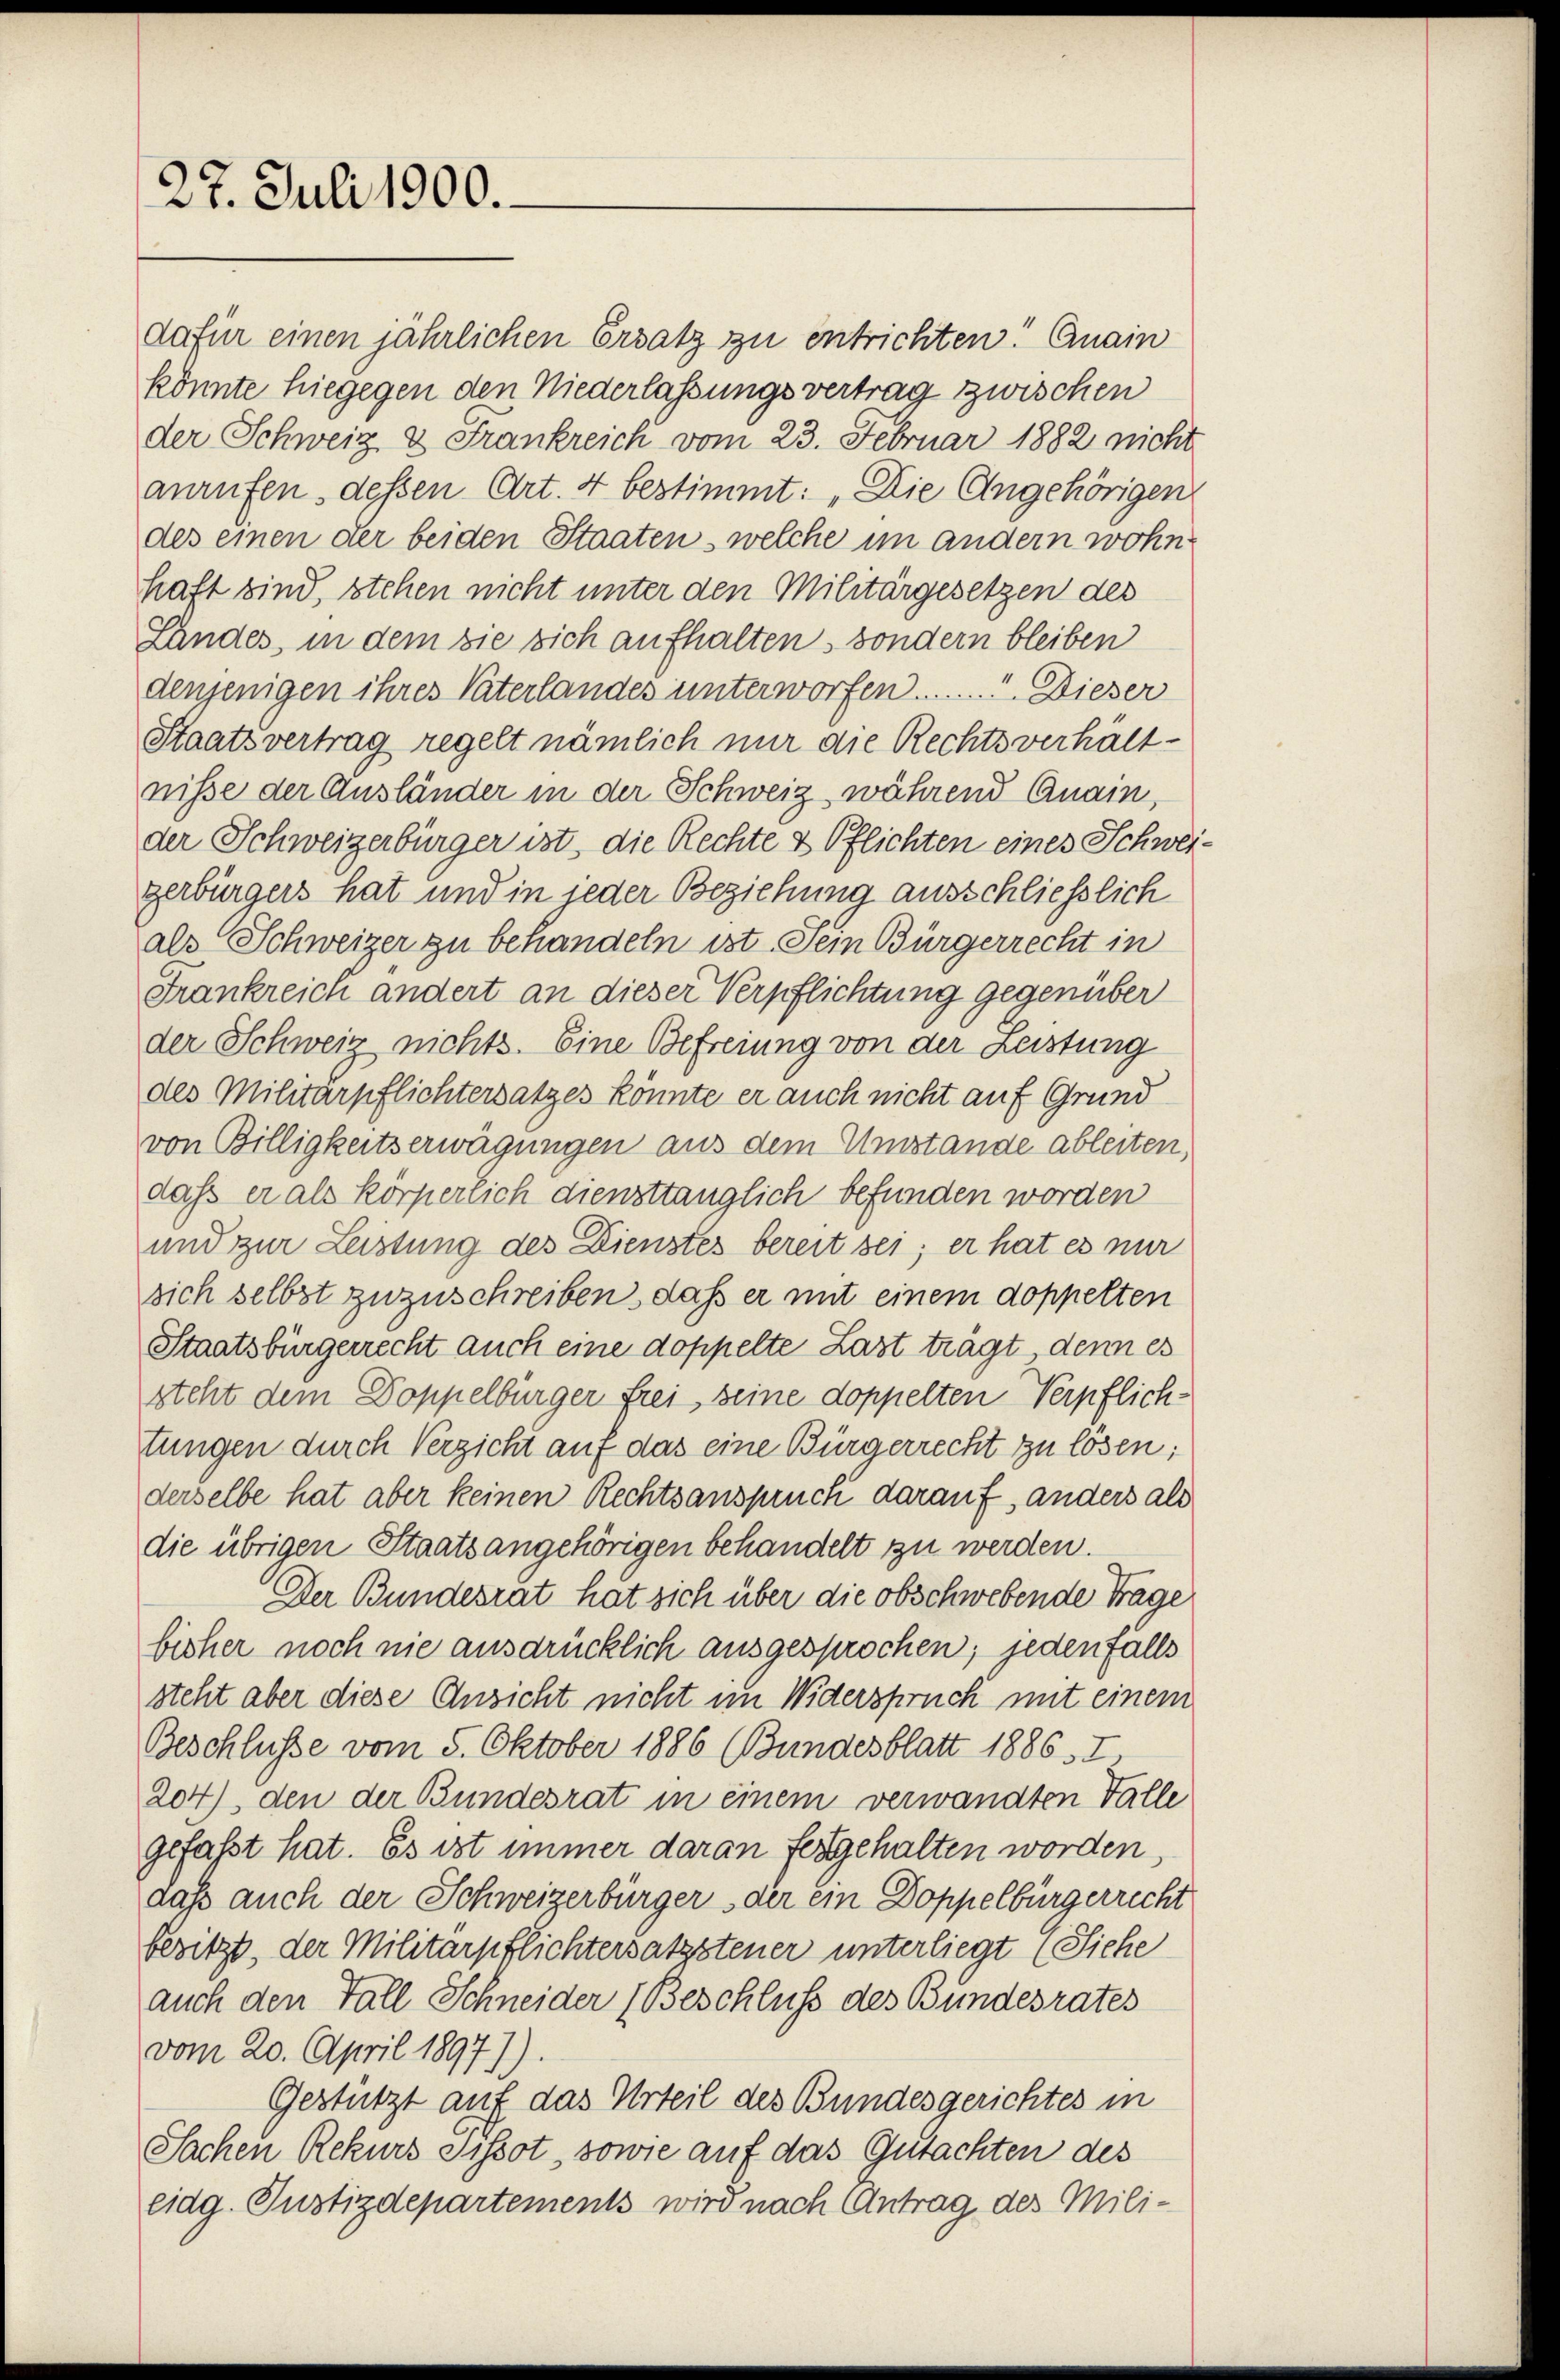
27. Juli 1900.

Landes, in dem sie sich aufhalten, sondern bleiben
denjenigen ihres Vaterlandes unterworfen . . . . . . . . . . . . . . Dieser
Staatsvertrag regelt nämlich nur die Rechtsverhältnisse der Ausländer in der Schweiz während Quain,
der Schweizerbürger ist, die Rechte & Pflichten eines Schwe
gerbürgers hat und in jeder Beziehung ausschliesslich
als Schweizer zu behandeln ist. Sein Bürgerrecht in
Frankreich andert an dieser Verpflichtung gegenüber
der Schweiz nichts. Eine Befreiung von der Leistung
des Militärpflichtersatzes könnte er auch nicht auf Grund
von Billigkeitserwägungen aus dem Umstände ableiten,
daß er als körperlich diensttänglich befunden worden
und zur Leistung des Dienstes bereit sei; er hat es nur
sich selbst zuzuschreiben, daß er mit einem doppelten
Staatsbürgerrecht auch eine doppelte Last trägt denn es
steht dem Doppelbürger frei, seine doppelten Verpflichtungen durch Verzicht auf das eine Bürgerrecht zu lösen;
derselbe hat aber keinen Rechtsanspruch darauf, anders als
die übrigen Staatsangehörigen behandelt zu werden.
Der Bundesrat hat sich über die obschwebende Trage
bisher noch nie ausdrücklich ausgesprochen, jedenfalls
steht aber diese Ansicht nicht im Widerspruch mit einem
Beschlüsse vom 5. Oktober 1886 (Bundesblatt 1886. I
204), den der Bundesrat in einem verwandten Falle
gefaßt hat. Es ist immer daran festgehalten worden,
daß auch der Schweizerbürger der ein Doppelbürgerrecht
besitzt, der Militärpflichtersatzsteuer unterliegt (Siehe
auch den Fall Schneider (Beschluß des Bundesrates
vom 20. April 18977)
Gestützt auf das Urteil des Bundesgerichtes in
Sachen Rekurs Pissot , sowie auf das Gutachten des
eidg. Justizdepartements wird nach Antrag des Mili¬

dafür einen jährlichen Ersatz zu entrichten! Quain
könnte hiegegen den Niederlassungsvertrag zwischen
der Schweiz & Frankreich vom 23. Februar 1882 nicht
anrufen, dessen Art. 4 bestimmt: „Die Angehörigen
des einen der beiden Staaten welche im andern wohn
haft sind, stehen nicht unter den Militärgesetzen des

.